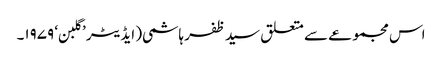
اس مجموعے سے متعلق سید ظفر ہاشمی( ایڈیٹر ’گلبن‘ ۱۹۷۹۔